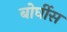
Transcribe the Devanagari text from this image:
बोर्घीस